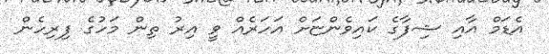
އެޑަމް އާއި ޝިފާގެ ކައިވެންޏަށް އަހަރެއް ވީ އިރު ތިން މަހުގެ ފިރިހެން